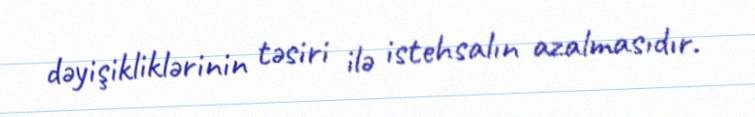
dəyişikliklərinin təsiri ilə istehsalın azalmasıdır.